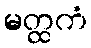
မတ္ထကံ